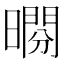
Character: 𣊱